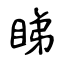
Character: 睇